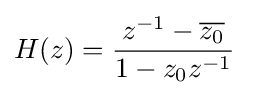
H(z)={\frac {z^{-1}-{\overline {z_{0}}}}{1-z_{0}z^{-1}}}\